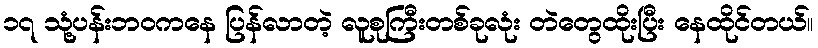
၁၇ သုံ့ပန်းဘဝကနေ ပြန်လာတဲ့ လူစုကြီးတစ်ခုလုံး တဲတွေထိုးပြီး နေထိုင်တယ်။